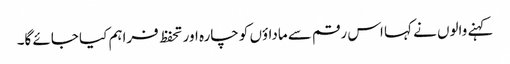
کہنے والوں نے کہا اس رقم سے ماداؤں کو چارہ اور تحفظ فراہم کیا جائے گا۔